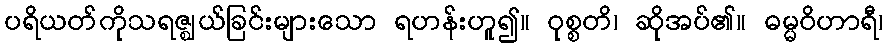
ပရိယတ်ကိုသရဇ္ဈယ်ခြင်းများသော ရဟန်းဟူ၍။ ဝုစ္စတိ၊ ဆိုအပ်၏။ ဓမ္မဝိဟာရီ၊